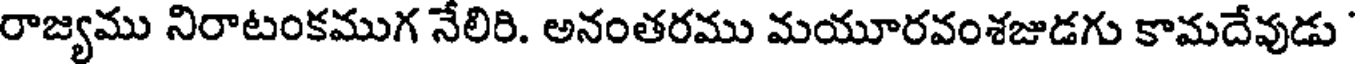
రాజ్యము నిరాటంకముగ నేలిరి. అనంతరము మయూరవంశజుడగు కామదేవుడు